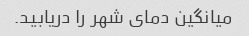
میانگین دمای شهر را دریابید.